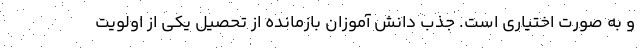
و به صورت اختیاری است. جذب دانش آموزان بازمانده از تحصیل یکی از اولویت